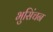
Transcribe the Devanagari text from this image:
भुसिंचन